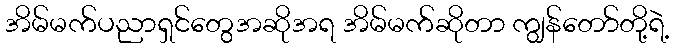
အိမ်မက်ပညာရှင်တွေအဆိုအရ အိမ်မက်ဆိုတာ ကျွန်တော်တို့ရဲ့